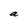
Character: a